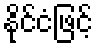
နိုင်ငံဖြင့်